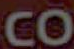
CO